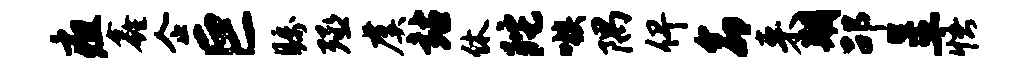
疽鑫企巨瞩殛虞站休陀嗾隅俾命来期劭呈悟